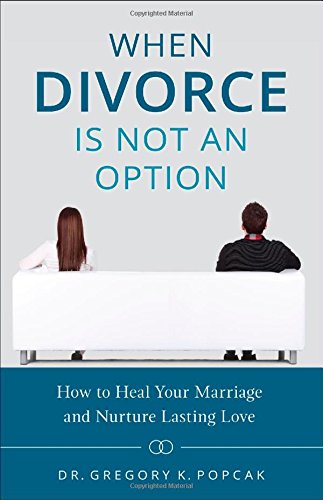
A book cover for When Divorce Is Not an Option: How to Heal Your Marriage and Nurture Lasting Love; Greg Popcak; Christian Books & Bibles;